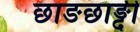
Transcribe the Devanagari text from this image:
छाङछाङ्दी